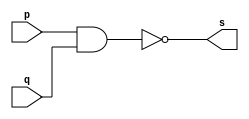
// ------------------------- 
// Exercicio1 - NAND 
// Nome: Felipe Ferreira Adnrade do Carmo 
// ------------------------- 
 
// ------------------------- 
// -- nand gate 
// ------------------------- 
module nandgate ( output s,input  p, input  q); 
 assign s = ~(p&q) ; 
endmodule // andgate 
 
// --------------------- 
// -- test nand gate 
// --------------------- 
module testnandgate; 
// ------------------------- dados locais 
   reg   a, b; // definir registradores 
   wire  s;    // definir conexao (fio) 
// ------------------------- instancia 
   nandgate AND1 (s, a, b); 
// ------------------------- preparacao 
   initial begin:start 
      a=0; b=0; 
   end 
 
 
// ------------------------- parte principal 
 
   initial begin 
      $display("Exercicio1- Felipe Ferreira Andrade do Carmo - 427402"); 
      $display("Test NAND gate"); 
      $display("\na & b = s\n"); 
      a=0; b=0; 
  #1  $display("%b & %b = %b", a, b, s); 
      a=0; b=1; 
  #1  $display("%b & %b = %b", a, b, s); 
      a=1; b=0; 
  #1  $display("%b & %b = %b", a, b, s); 
      a=1; b=1; 
  #1  $display("%b & %b = %b", a, b, s); 
 end 
 
endmodule // testandgate